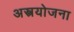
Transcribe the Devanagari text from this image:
अस्त्रयोजना